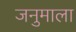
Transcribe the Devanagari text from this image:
जनुमाला